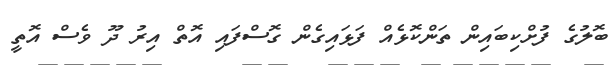
ބޮލުގެ ފުށްކިބައިން ތަންކޮޅެއް ފަޅައިގެން ގޮސްފައި އޮތް އިރު ދޫ ވެސް އޮތީ